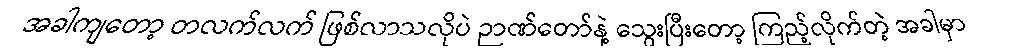
အခါကျတော့ တလက်လက် ဖြစ်လာသလိုပဲ ဉာဏ်တော်နဲ့ သွေးပြီးတော့ ကြည့်လိုက်တဲ့ အခါမှာ